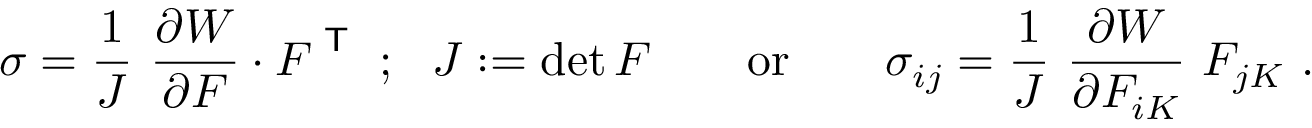
{ \boldsymbol { \sigma } } = { \frac { 1 } { J } } ~ { \frac { \partial W } { \partial { \boldsymbol { F } } } } \cdot { \boldsymbol { F } } ^ { \textsf { T } } ~ ; ~ ~ J : = \operatorname* { d e t } { \boldsymbol { F } } \qquad { \mathrm { o r } } \qquad \sigma _ { i j } = { \frac { 1 } { J } } ~ { \frac { \partial W } { \partial F _ { i K } } } ~ F _ { j K } ~ .